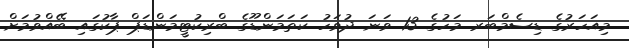
މިއަހަރުގެ ޑިސެމްބަރ މަހުގެ 13 ވަނަ ދުވަހު ކަތަމަންޑޫގެ ބްރިކުޓީމަންޑަޕް ޕާކުގައި ބޭއްވުމަށް